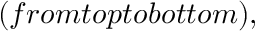
( f r o m t o p t o b o t t o m ) ,